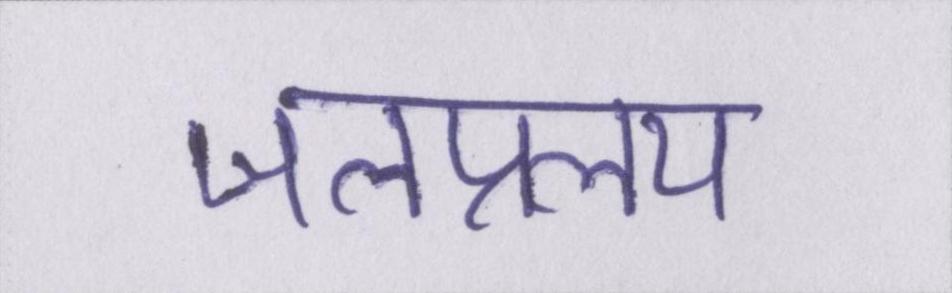
जलप्रलय